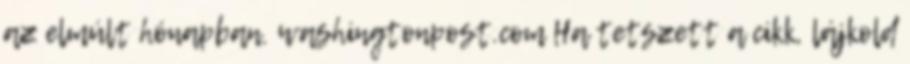
az elmúlt hónapban. washingtonpost.com Ha tetszett a cikk, lájkold